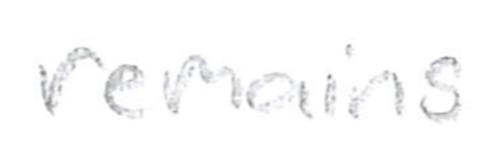
Text: remains
Cross-out: clean
Writing tool: pencil